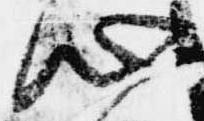
心